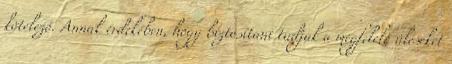
kötelező. Annak érdekében, hogy biztosítani tudjuk a megfelelő üléseket